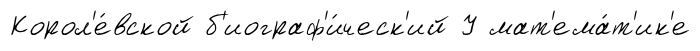
Корол'е́вской б'иограф'и́ческ'ий У мат'ема́т'ик'е